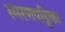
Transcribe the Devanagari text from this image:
स्मरणपट्टिका